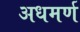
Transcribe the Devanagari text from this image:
अधमर्ण